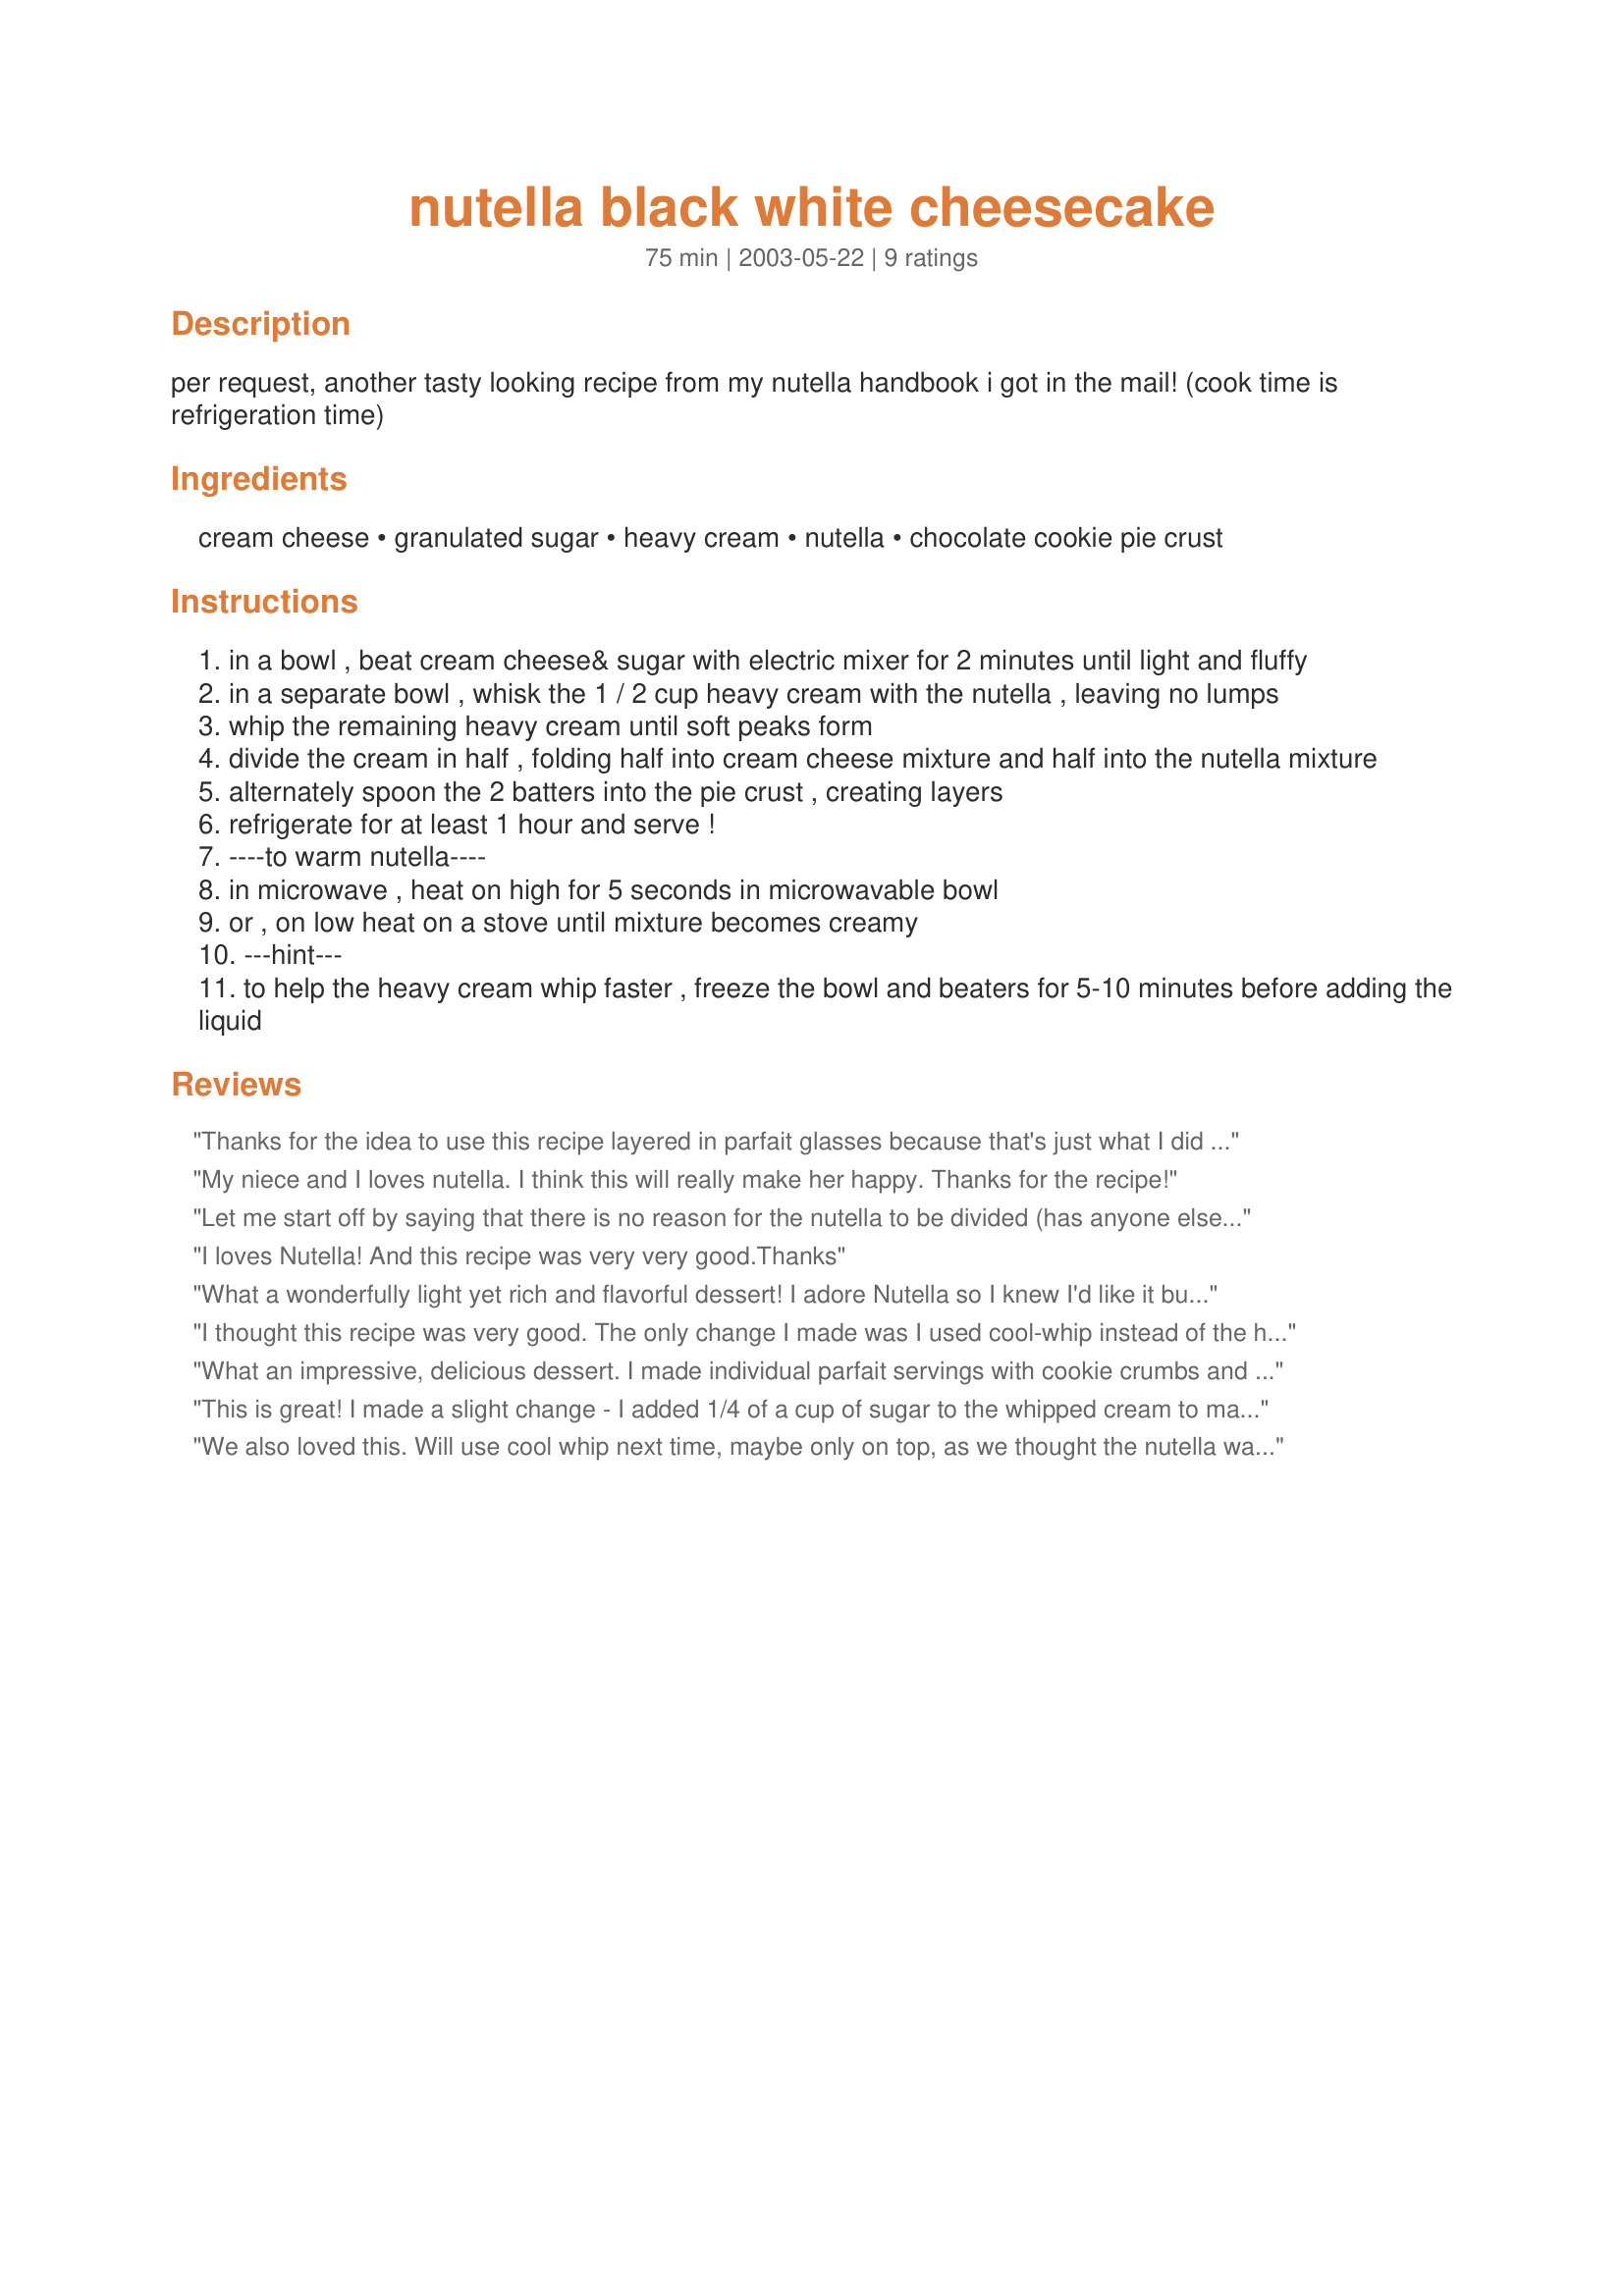
nutella black white cheesecake
Preparation time: 75 minutes

per request, another tasty looking recipe from my nutella handbook i got in the mail! (cook time is refrigeration time)

Ingredients:
cream cheese, granulated sugar, heavy cream, nutella, chocolate cookie pie crust

Steps:
in a bowl , beat cream cheese& sugar with electric mixer for 2 minutes until light and fluffy
in a separate bowl , whisk the 1 / 2 cup heavy cream with the nutella , leaving no lumps
whip the remaining heavy cream until soft peaks form
divide the cream in half , folding half into cream cheese mixture and half into the nutella mixture
alternately spoon the 2 batters into the pie crust , creating layers
refrigerate for at least 1 hour and serve !
----to warm nutella----
in microwave , heat on high for 5 seconds in microwavable bowl
or , on low heat on a stove until mixture becomes creamy
---hint---
to help the heavy cream whip faster , freeze the bowl and beaters for 5-10 minutes before adding the liquid

Reviews:
Thanks for the idea to use this recipe layered in parfait glasses because that's just what I did and it turned out Fantastic! I put some cookie crumbs in the bottom of the glass, then layered the cream cheese and nutella with more crumbs, put some whipped cream on top and then stuck a whole cookie sideways into the cream along with a strawberry garnish. Conversation died while my guests focused on their glasses, spooning up the delicious fluff and licking their lips with smiles on their faces. This is just a great make ahead dessert.
My niece and I loves nutella. I think this will really make her happy. Thanks for the recipe!
Let me start off by saying that there is no reason for the nutella to be divided (has anyone else noticed?). I was finished making the pie and...oops!... I still had half the nutella left. However, the cream chees mixture and nutella taste awesome together.
I loves Nutella! And this recipe was very very good.Thanks
What a wonderfully light yet rich and flavorful dessert! I adore Nutella so I knew I'd like it but was I wasn't sure what others would think. Everyone loved it! We all agreed it was better the second day since it was a little firmer (so the presentation was prettier) and the flavors had blended more. I think it would work best to prepare this the day before you need it. You could easily layer it into parfait glasses too. Delicious! Thanks so much Ang for sharing this keeper!
I thought this recipe was very good. The only change I made was I used cool-whip instead of the heavy cream. Very easy and delish!
What an impressive, delicious dessert. I made individual parfait servings with cookie crumbs and served in beautiful crystal water glasses. It was so easy to make and everyone was surprised by its lightness.
This is great! I made a slight change - I added 1/4 of a cup of sugar to the whipped cream to make sure everything was duly sweet throughout. Also - When I was beating the cream cheese and sugar I added about a tablespoon or two of cream to make sure that it was pliable enough to easily fold in the whipped cream. It's light and velvety yet rich and wonderful!
We also loved this. Will use cool whip next time, maybe only on top, as we thought the nutella was so delicious by itself! We also made it in the parfait glasses (great idea!) Definately a keeper.
